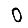
Digit: 0